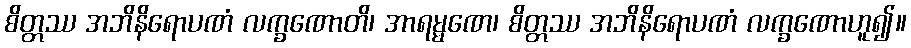
စိတ္တဿ အဘိနိရောပဏံ လက္ခဏောတိ၊ အာရမ္မဏေ၊ စိတ္တဿ အဘိနိရောပဏံ လက္ခဏောဟူ၍။